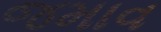
જમાવ